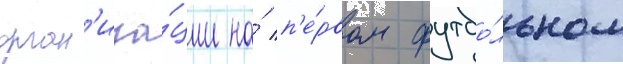
орган'иза́ции на́ п'е́рвом футбо́льном